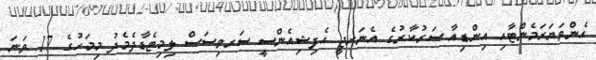
އެންވަޔަރަމެންޓާއި އިންޑިއާ ސަރުކާރުގެ އެނަރޖީ އެފިޝިއެންސީ ސަރވިސަސް ލިމިޓެޑާދެމެދު މިމަހުގެ 17 ވަނަ